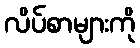
လိပ်စာများကို